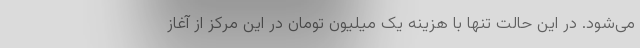
می‌شود. در این حالت تنها با هزینه یک میلیون تومان در این مرکز از آغاز